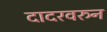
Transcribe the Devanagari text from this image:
दादरवरुन